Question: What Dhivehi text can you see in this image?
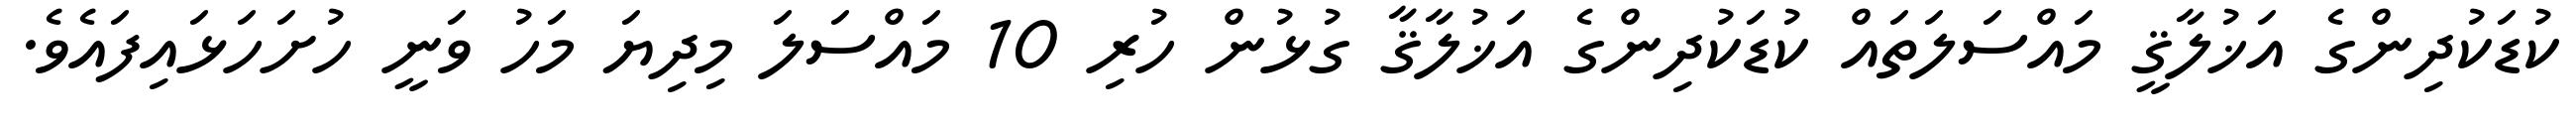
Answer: ކުޑަކުދިންގެ އަޚުލާޤީ މައްސަލަތައް ކުޑަކުދިންގެ އަޚުލާޤާ ގުޅުން ހުރި 10 މައްސަލަ މިދިޔަ މަހު ވަނީ ހުށަހަޅައިފައެވެ.